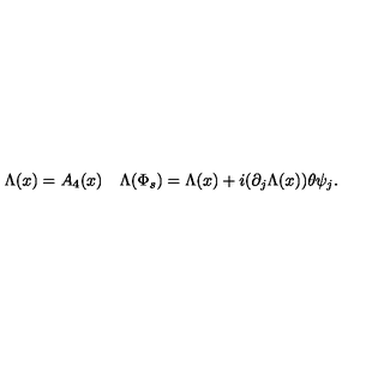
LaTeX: \Lambda ( x ) = A _ { 4 } ( x ) \quad \Lambda ( \Phi _ { s } ) = \Lambda ( x ) + i ( \partial _ { j } \Lambda ( x ) ) \theta \psi _ { j } .